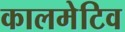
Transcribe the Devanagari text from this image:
कालमेटिव